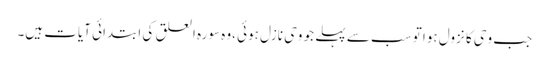
جب وحی کا نزول ہوا تو سب سے پہلے جو وحی نازل ہوئی ،وہ سورہ العلق کی ابتدائی آیات ہیں۔